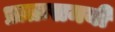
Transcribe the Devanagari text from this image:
प्रातःसमयी